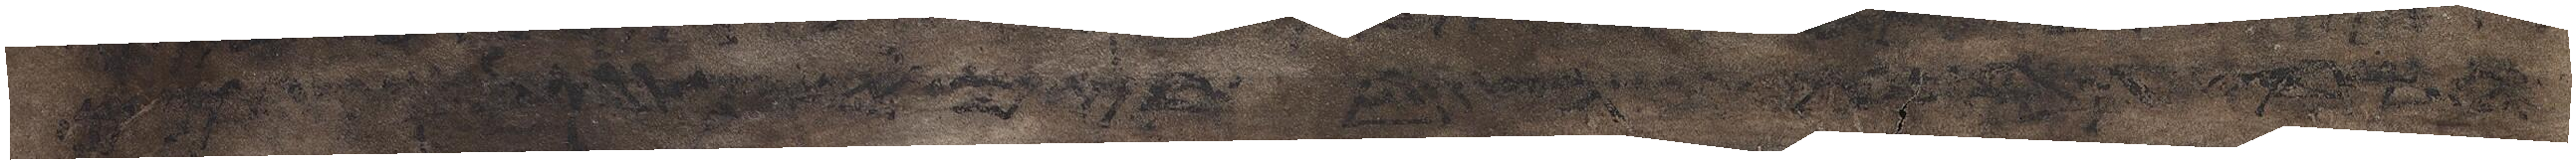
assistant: ליראה את יהוה אלהיהם כל הימים אשר הם